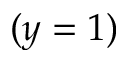
( y = 1 )